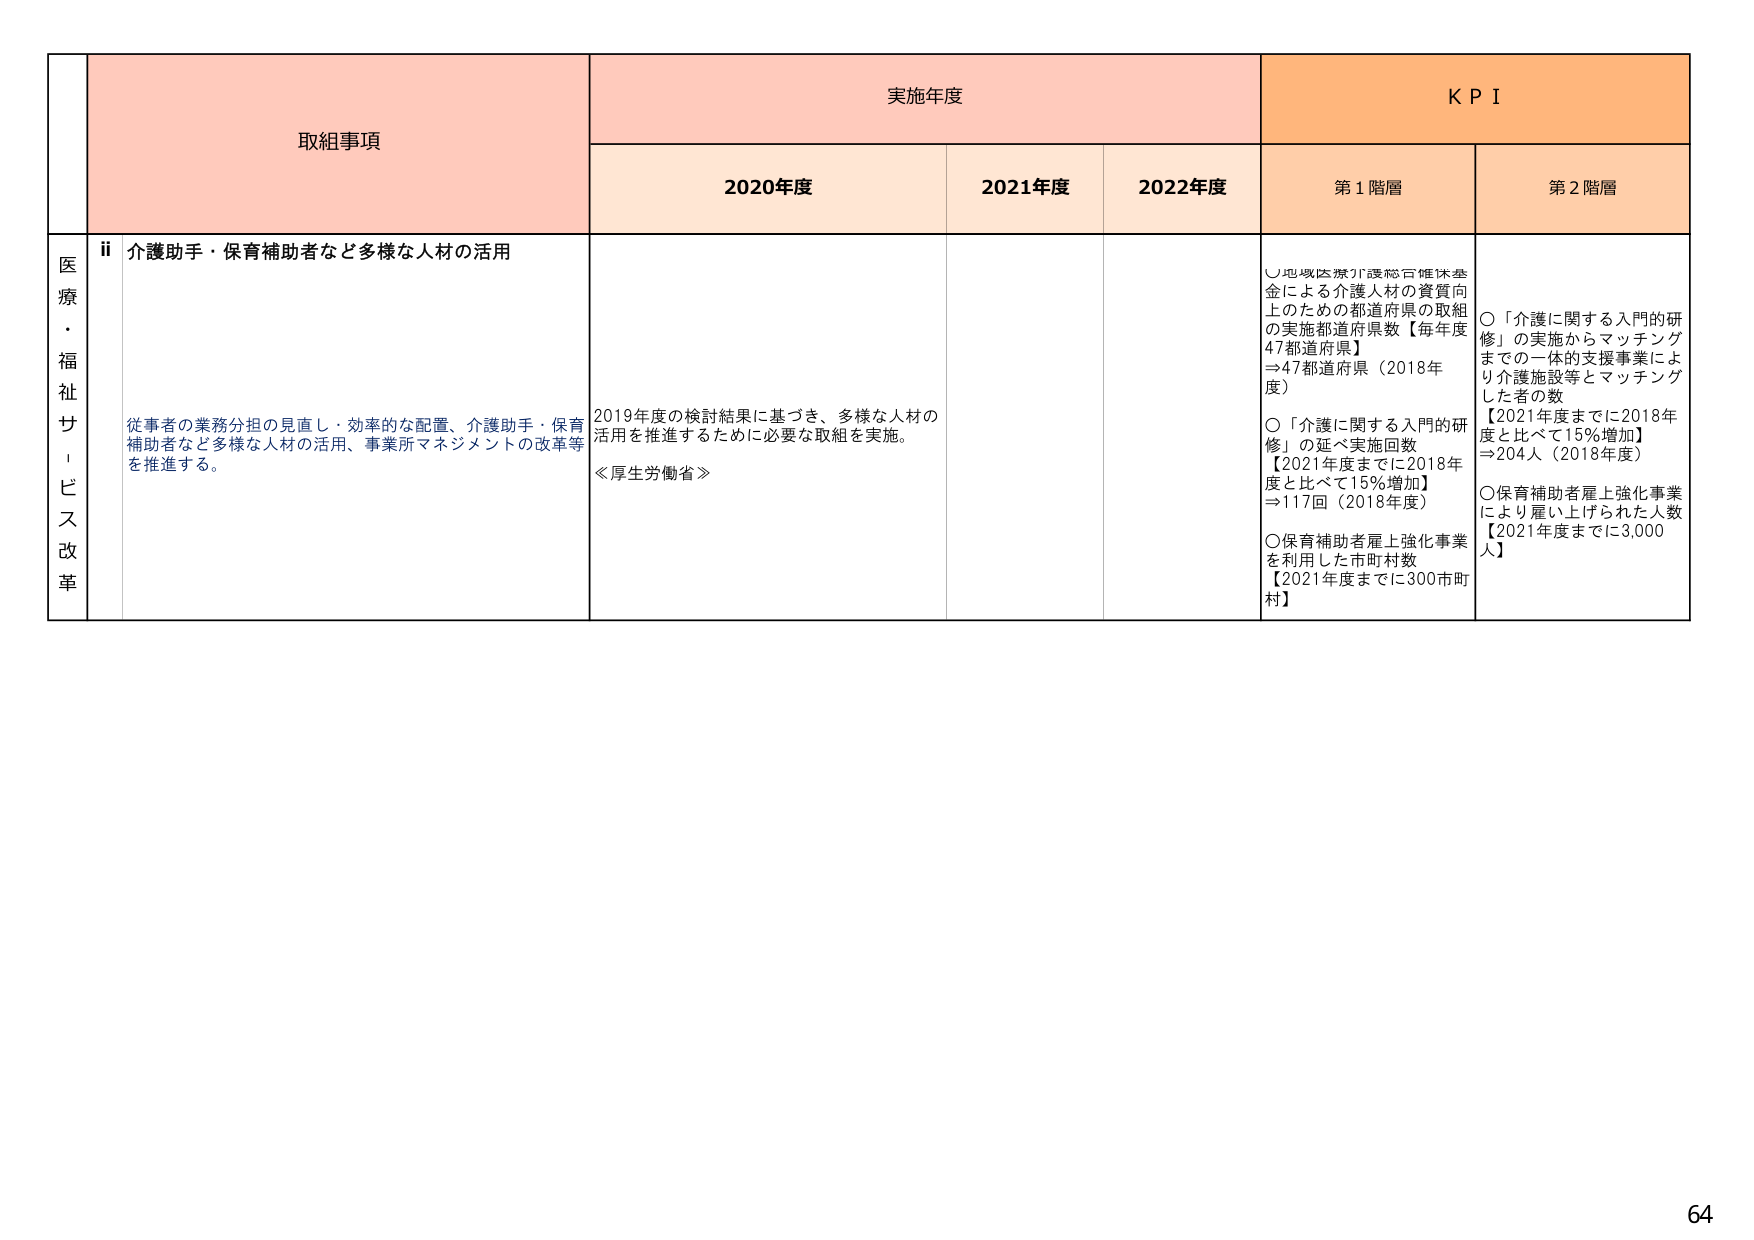
取組事項
実施年度
KPI
2020年度
2021年度
2022年度
第1階層
第2階層
医療・福祉サービス改革
ii 介護助手・保育補助者など多様な人材の活用
従事者の業務分担の見直し・効率的な配置、介護助手・保育補助者など多様な人材の活用、事業所マネジメントの改革等を推進する。
2019年度の検討結果に基づき、多様な人材の活用を推進するために必要な取組を実施。
≪厚生労働省≫
〇地域医療介護総合確保基金による介護人材の資質向上のための都道府県の取組の実施都道府県数【毎年度47都道府県】
⇒47都道府県（2018年度）
〇「介護に関する入門の研修」の延べ実施回数
【2021年度までに2018年度と比べて15%増加】
⇒117回（2018年度）
〇保育補助者雇上強化事業を利用した市町村数
【2021年度までに300市町村】
〇「介護に関する入門の研修」の実施からマッチングまでの一連の支援事業により介護施設等とマッチングした者の数
【2021年度までに2018年度と比べて15%増加】
⇒204人（2018年度）
〇保育補助者雇上強化事業により雇い上げられた人数
【2021年度までに3,000人】
64